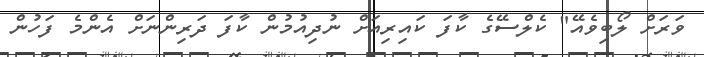
ވަރަށް ލޯބިވެއޭ" ކެލްސޭގެ ކާފަ ކައިރިއަށް ނުދިއުމުން ކާފަ ދަރިންނަށް އެންމެ ފަހުން